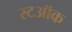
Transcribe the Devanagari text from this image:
स्टऑक